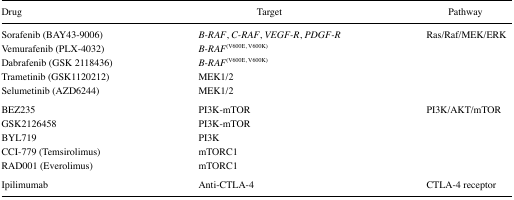
| Drug | Target | Pathway |
 | --- | --- | --- |
 | Sorafenib (BAY43-9006) | B-RAF, C-RAF, VEGF-R, PDGF-R | Ras/Raf/MEK/ERK |
 | Vemurafenib (PLX-4032) | B-RAF(V600E, V600K) |  |
 | Dabrafenib (GSK 2118436) | B-RAF(V600E, V600K) |  |
 | Trametinib (GSK1120212) | MEK1/2 |  |
 | Selumetinib (AZD6244) | MEK1/2 |  |
 | BEZ235 | PI3K-mTOR | PI3K/AKT/mTOR |
 | GSK2126458 | PI3K-mTOR |  |
 | BYL719 | PI3K |  |
 | CCI-779 (Temsirolimus) | mTORC1 |  |
 | RAD001 (Everolimus) | mTORC1 |  |
 | Ipilimumab | Anti-CTLA-4 | CTLA-4 receptor |